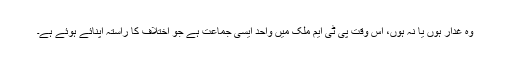
وہ غدار ہوں یا نہ ہوں، اس وقت پی ٹی ایم ملک میں واحد ایسی جماعت ہے جو اختلاف کا راستہ اپنائے ہوئے ہے۔